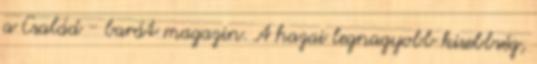
a Család - barát magazin. A hazai legnagyobb kisebbség,